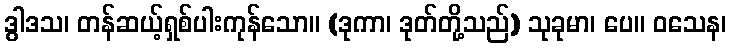
ဒွါဒသ၊ တန်ဆယ့်ရှစ်ပါးကုန်သော။ (ဒုကာ၊ ဒုတ်တို့သည်) သုခုမာ၊ ပေ။ ဝသေန၊